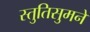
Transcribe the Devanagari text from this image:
स्तुतिसुमने